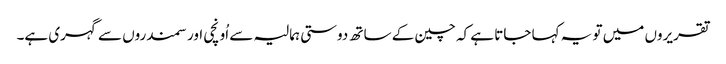
تقریروں میں تو یہ کہا جاتا ہے کہ چین کے ساتھ دوستی ہمالیہ سے اُونچی اور سمندروں سے گہری ہے۔